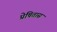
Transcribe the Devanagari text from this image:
प्रेषितास